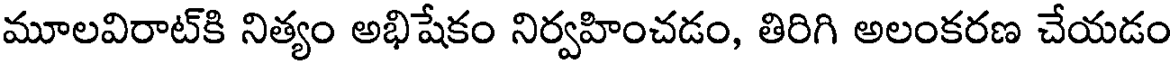
మూలవిరాట్కి నిత్యం అభిషేకం నిర్వహించడం, తిరిగి అలంకరణ చేయడం